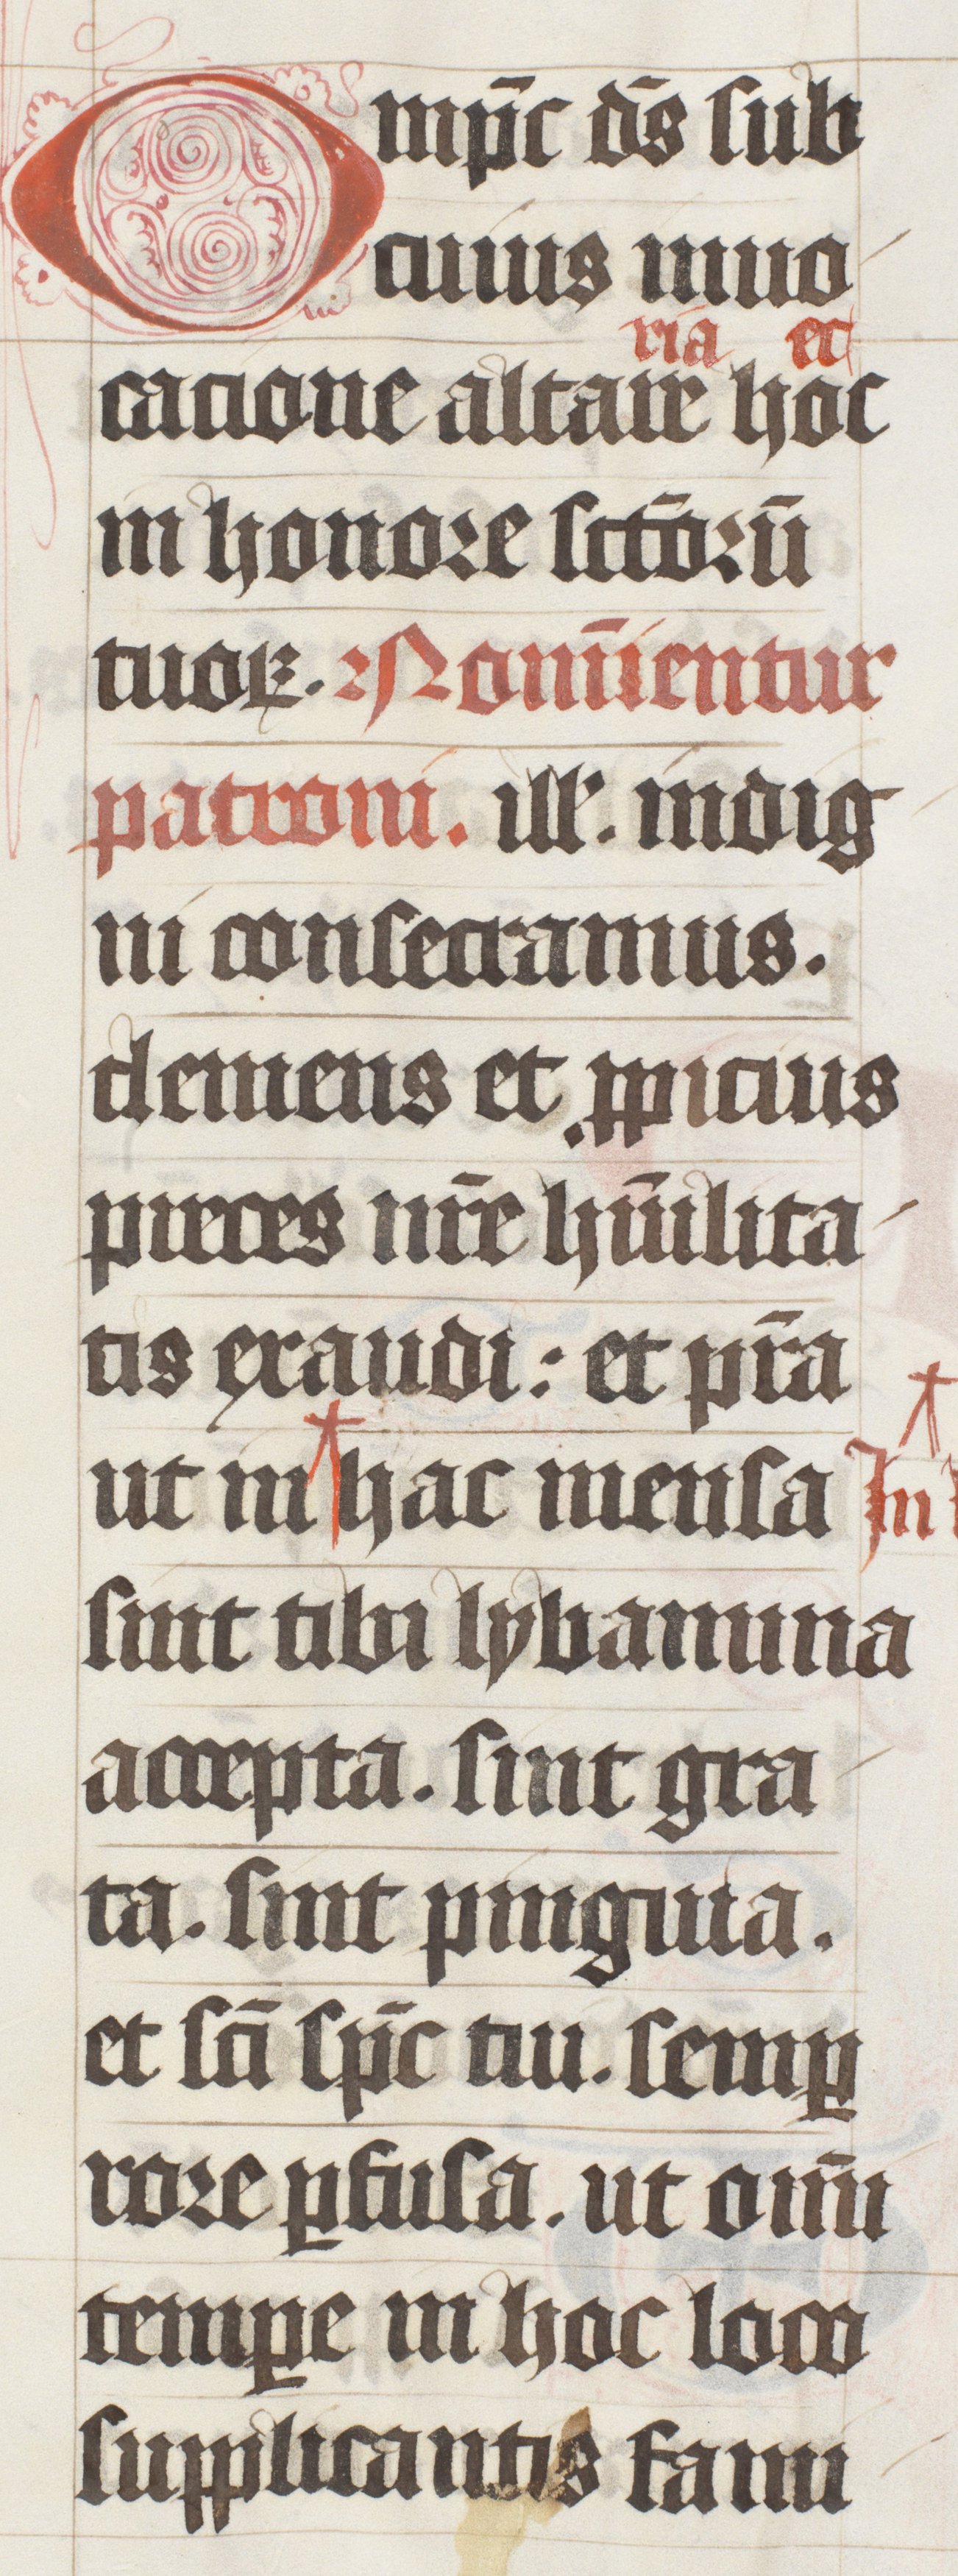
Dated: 1447–1478